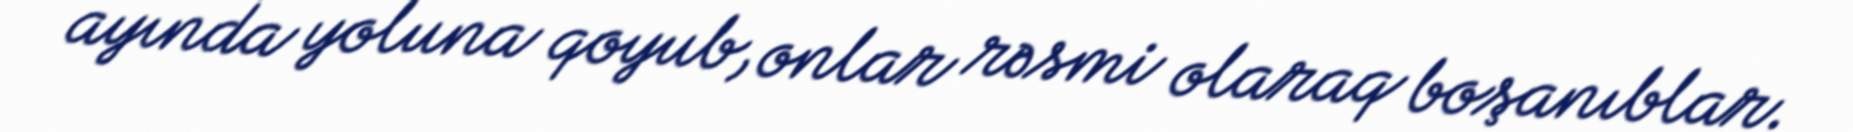
ayında yoluna qoyub, onlar rəsmi olaraq boşanıblar.